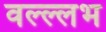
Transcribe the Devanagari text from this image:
वल्ल्लभ